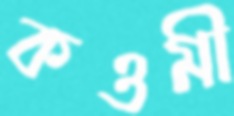
কওমী